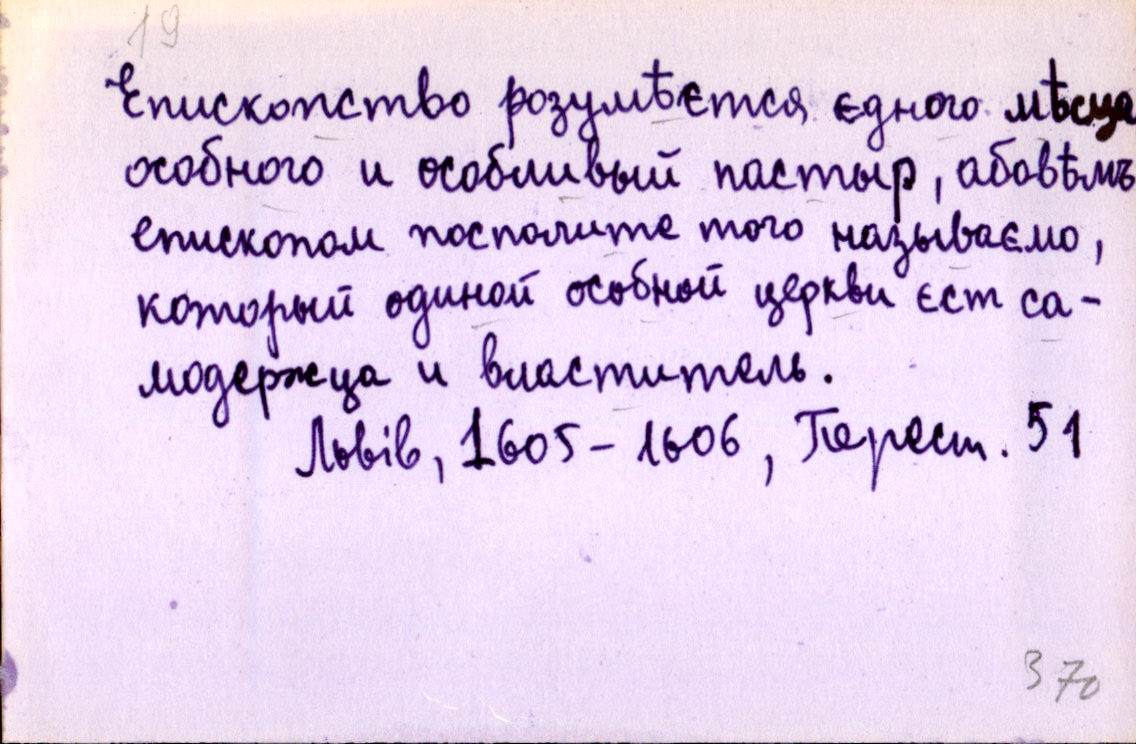
Епископство розумѣєтся єдного мѣсца
особного и особливый пастыр, абовѣмъ
епископом посполите того называємо,
который одиной особной церкви єст са-
модержца и властитель.
Львів, 1605-1606, Перест. 51